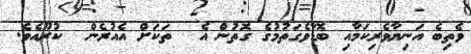
ވެތިބެ އަނިޔާވެރިކަމާއި ބޮޑާވެގަތުމުގެ ގޮތުން އެ  ތަކަށް އެއުރެން  ކުރޫއެވެ.